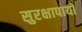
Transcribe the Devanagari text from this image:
सुरक्षापायों